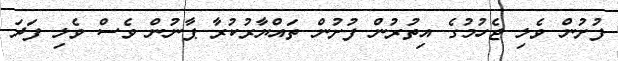
ފުށުން ވެލި ޖެހުމުގެ އިތުރުން ފުށުން ތައްޔާރުކުރާ ޕާނުން ވެސް ވެލި ފަދަ